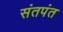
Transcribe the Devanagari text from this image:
संतपंत